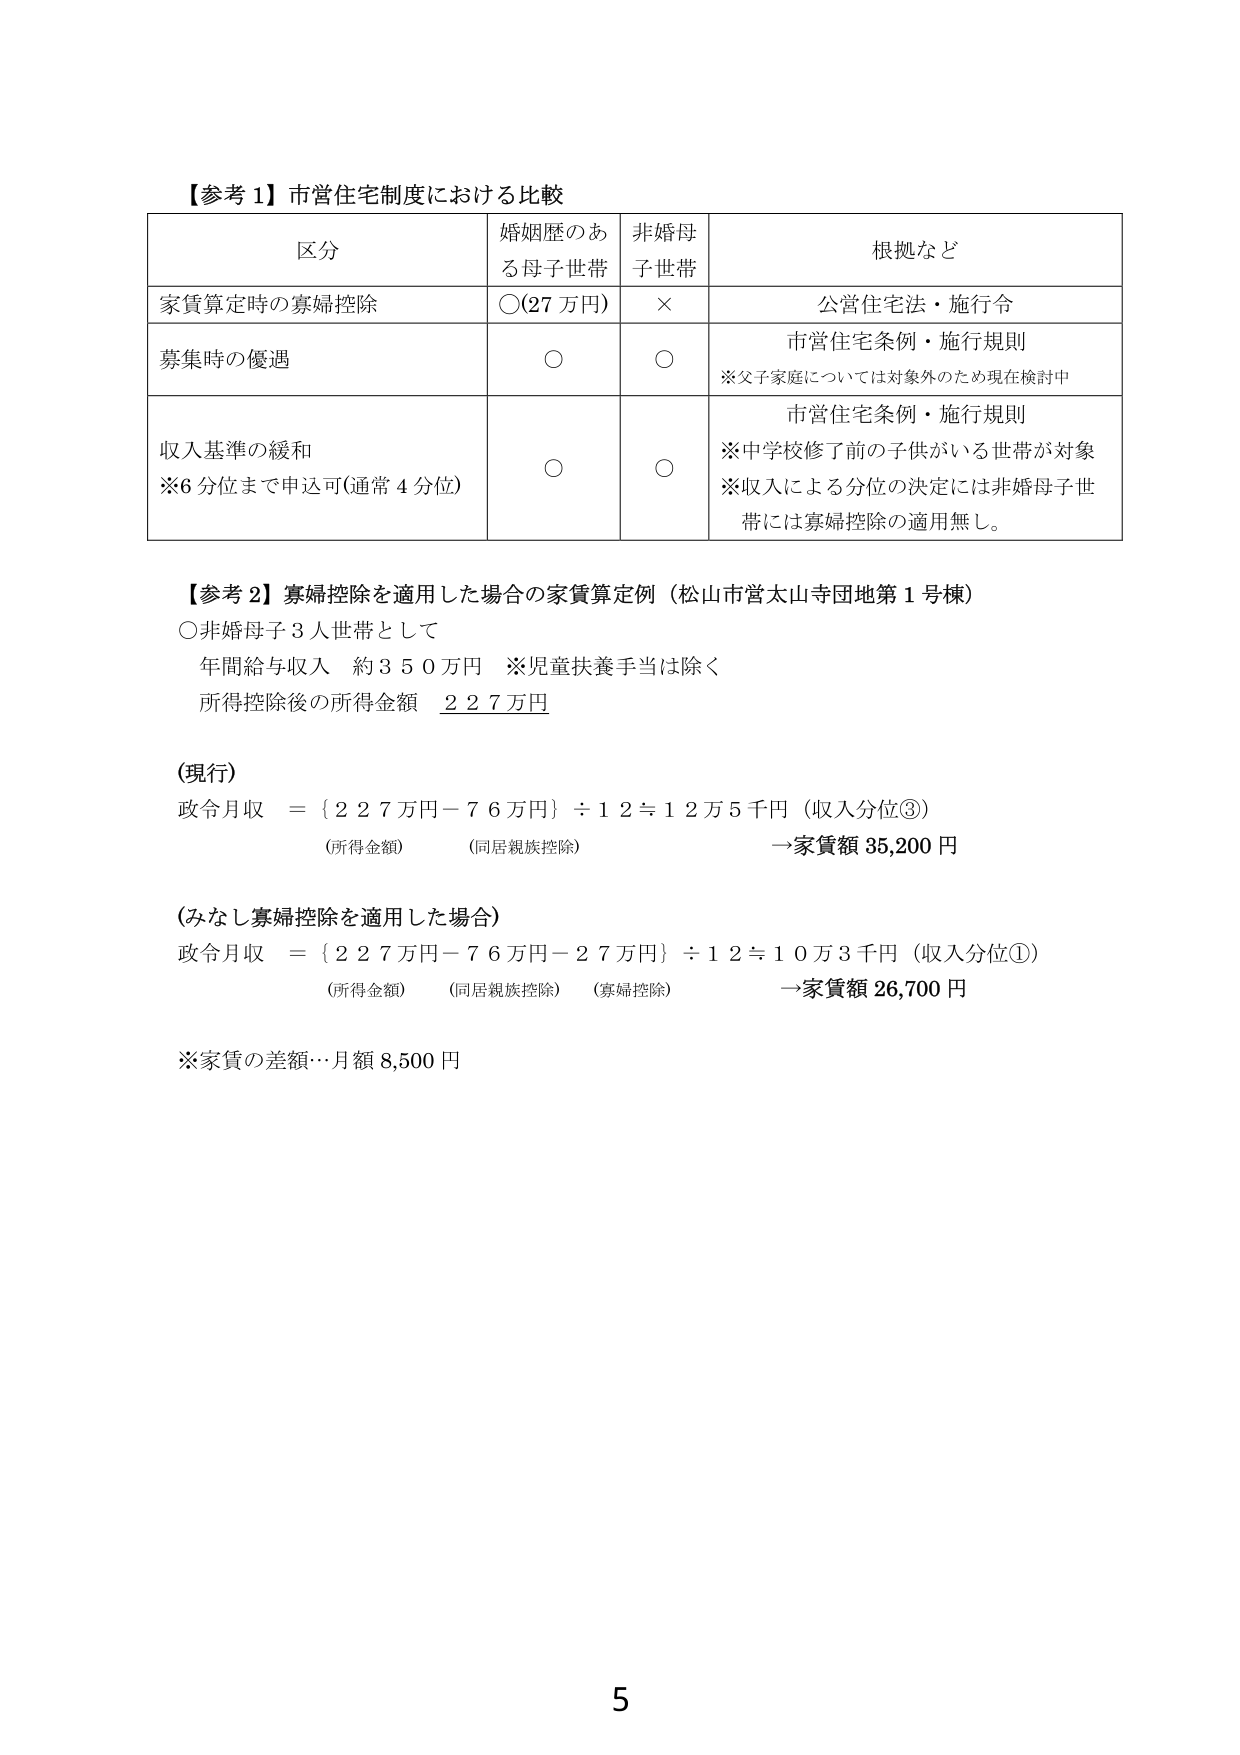
【参考１】市営住宅制度における比較

区分　　　　　　　　　　婚姻歴のある母子世帯　　　非婚母子世帯　　　　　　根拠など
家賃算定時の寡婦控除　　○(27万円)　　　　　　　　×　　　　　　　　　　公営住宅法・施行令
募集時の優遇　　　　　　○　　　　　　　　　　　　○　　　　　　　　　　市営住宅条例・施行規則
　　　　　　　　　　　　　　　　　　　　　　　　　　　　　　　　　　※父子家庭については対象外のため現在検討中
収入基準の緩和　　　　　○　　　　　　　　　　　　○　　　　　　　　　　市営住宅条例・施行規則
※6分位まで申込可(通常4分位)　　　　　　　　　　　　　　　　　　　　※中学校修了前の子供がいる世帯が対象
　　　　　　　　　　　　　　　　　　　　　　　　　　　　　　　　※収入による分位の決定には非婚母子世帯には寡婦控除の適用無し。

【参考２】寡婦控除を適用した場合の家賃算定例（松山市営太山寺団地第１号棟）
○非婚母子３人世帯として
　年間給与収入　約３５０万円　※児童扶養手当は除く
　所得控除後の所得金額　２２７万円

（現行）
政令月収　＝｛２２７万円－７６万円｝÷１２≒１２万５千円（収入分位③）
　　　　　　（所得金額）　　（同居親族控除）　　　　　　　　→家賃額 35,200 円

（みなし寡婦控除を適用した場合）
政令月収　＝｛２２７万円－７６万円－２７万円｝÷１２≒１０万３千円（収入分位①）
　　　　　　（所得金額）　　（同居親族控除）　（寡婦控除）　　　→家賃額 26,700 円

※家賃の差額…月額 8,500 円

5